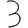
Digit: 3